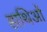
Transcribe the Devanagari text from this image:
हाथिओं